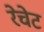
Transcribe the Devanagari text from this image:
रेचेट